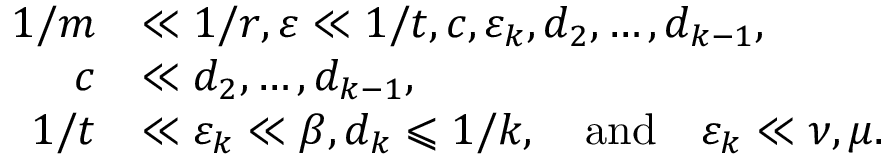
\begin{array} { r l } { 1 / m } & { \ll 1 / r , \varepsilon \ll 1 / t , c , \varepsilon _ { k } , d _ { 2 } , \dots , d _ { k - 1 } , } \\ { c } & { \ll d _ { 2 } , \dots , d _ { k - 1 } , } \\ { 1 / t } & { \ll \varepsilon _ { k } \ll \beta , d _ { k } \leqslant 1 / k , \quad \mathrm { a n d } \quad \varepsilon _ { k } \ll \nu , \mu . } \end{array}